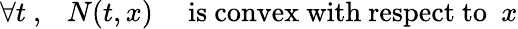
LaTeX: \forall t\ ,\ \ \ N(t,x)\ \ \ \ \ \mathrm{is\ convex\ with\ respect\ to}\ \ x